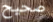
صحيح